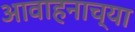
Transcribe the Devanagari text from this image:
आवाहनाच्या